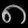
Digit: ၈